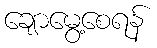
ချောမွေ့စေရန်